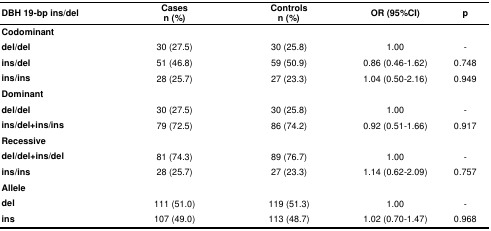
| DBH 19-bp ins/del | Casesn (%) | Controlsn (%) | OR (95%CI) | p |
 | --- | --- | --- | --- | --- |
 | Codominant |  |  |  |  |
 | del/del | 30 (27.5) | 30 (25.8) | 1.00 | - |
 | ins/del | 51 (46.8) | 59 (50.9) | 0.86 (0.46-1.62) | 0.748 |
 | ins/ins | 28 (25.7) | 27 (23.3) | 1.04 (0.50-2.16) | 0.949 |
 | Dominant |  |  |  |  |
 | del/del | 30 (27.5) | 30 (25.8) | 1.00 | - |
 | ins/del+ins/ins | 79 (72.5) | 86 (74.2) | 0.92 (0.51-1.66) | 0.917 |
 | Recessive |  |  |  |  |
 | del/del+ins/del | 81 (74.3) | 89 (76.7) | 1.00 | - |
 | ins/ins | 28 (25.7) | 27 (23.3) | 1.14 (0.62-2.09) | 0.757 |
 | Allele |  |  |  |  |
 | del | 111 (51.0) | 119 (51.3) | 1.00 | - |
 | ins | 107 (49.0) | 113 (48.7) | 1.02 (0.70-1.47) | 0.968 |